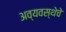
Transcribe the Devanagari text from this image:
अव्यवस्थेचे